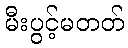
မီးပွင့်မတတ်